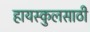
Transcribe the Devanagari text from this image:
हायस्‍कुलसाठी